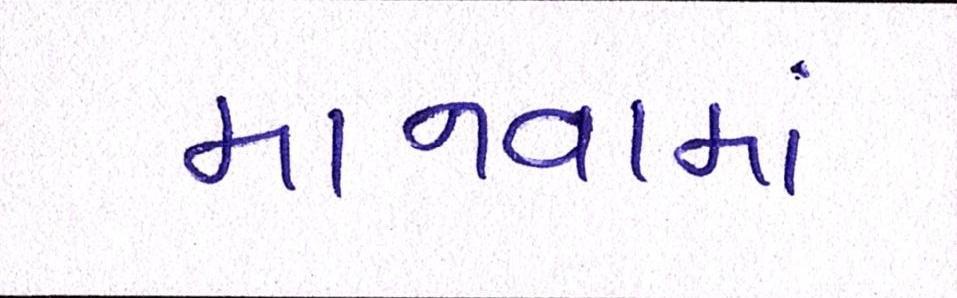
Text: માનવામાં